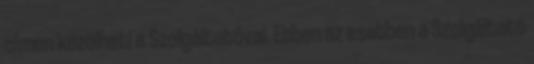
címen közölheti a Szolgáltatóval. Ebben az esetben a Szolgáltató